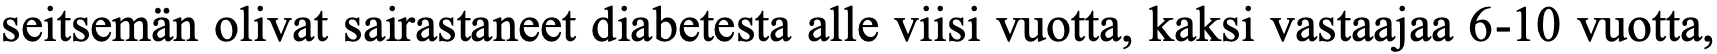
seitsemän olivat sairastaneet diabetesta alle viisi vuotta, kaksi vastaajaa 6-10 vuotta,